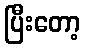
ပြီးတော့